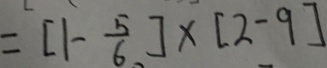
= [ 1 - \frac { 5 } { 6 } ] \times [ 2 - 9 ]